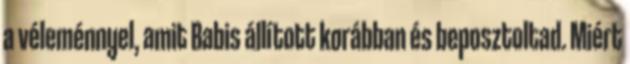
a véleménnyel, amit Babis állított korábban és beposztoltad. Miért